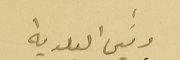
رئيس البلدية